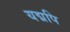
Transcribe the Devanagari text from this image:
यद्मपि